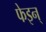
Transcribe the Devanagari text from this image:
फेइन्